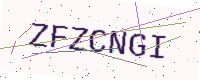
Text: ZFZCNGI